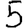
Digit: 5